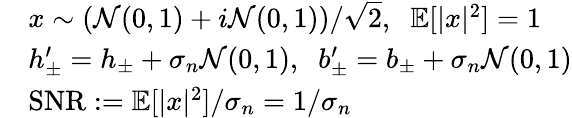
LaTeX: \begin{array}{rl}&{x\sim(\mathcal{N}(0,1)+i\mathcal{N}(0,1))/\sqrt{2},\; \; \mathbb{E}[|x|^{2}]=1}\\ &{h_{\pm}^{\prime}=h_{\pm}+\sigma_{n}\mathcal{N}(0,1),\; \; b_{\pm}^{\prime}=b_{\pm}+\sigma_{n}\mathcal{N}(0,1)}\\ &{\mathrm{SNR}:=\mathbb{E}[|x|^{2}]/\sigma_{n}=1/\sigma_{n}}\end{array}